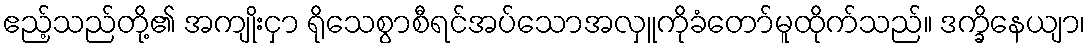
ဧည့်သည်တို့၏ အကျိုးငှာ ရိုသေစွာစီရင်အပ်သောအလှူကိုခံတော်မူထိုက်သည်။ ဒက္ခိနေယျာ၊